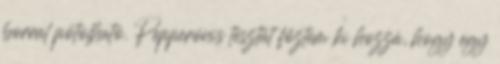
borral pótolható. Pepperónis tésztát főztem ki hozzá, hogy egy